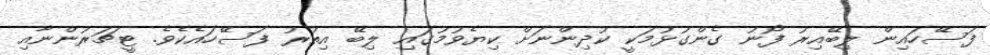
ފަސޭހައިން ލިބޭއިރު ފޯނު ގެންގުޅުމަކީ ކުދިންނަށް ކިޔެވުމުގައި ލިބޭ އިތުރު ފަސޭހައެކެވެ. ޓީޗަރުންނާއި